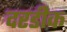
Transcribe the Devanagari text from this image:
दरडीक